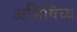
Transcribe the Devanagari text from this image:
अभिषिच्य